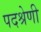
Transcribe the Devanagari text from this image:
पदश्रेणी